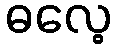
ဓလေ့